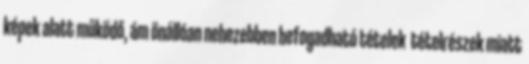
képek alatt működő, ám önállóan nehezebben befogadható tételek tételrészek miatt